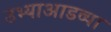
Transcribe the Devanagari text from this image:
उभ्याआडव्या